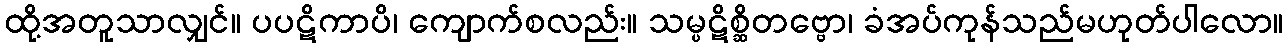
ထို့အတူသာလျှင်။ ပပဋိကာပိ၊ ကျောက်စလည်း။ သမ္ပဋိစ္ဆိတဗ္ဗော၊ ခံအပ်ကုန်သည်မဟုတ်ပါလော။